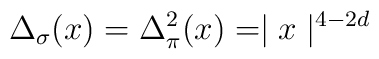
\Delta_{\sigma} (x)= \Delta_{\pi}^2 (x)=\mid {x} \mid ^{4-2d}